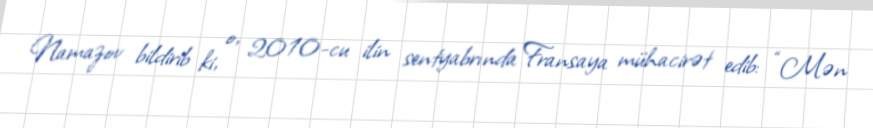
Namazov bildirib ki, o, 2010-cu ilin sentyabrında Fransaya mühacirət edib: “Mən